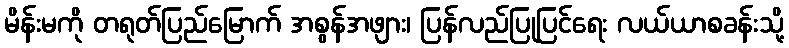
မိန်းမကို တရုတ်ပြည်မြောက် အစွန်အဖျား၊ ပြန်လည်ပြုပြင်ရေး လယ်ယာစခန်းသို့